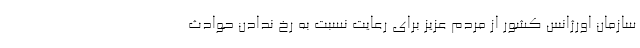
سازمان اورژانس کشور از مردم عزیز برای رعایت نسبت به رخ ندادن حوادث